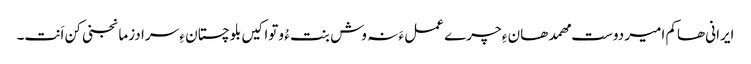
ایرانی ھاکم امیر دوست مھمد ھان ءِ چرے عمل ءَ نہ وش بنت ءُ وتواکیں بلوچستان ءِ سرا دزمانجنی کن اَنت۔